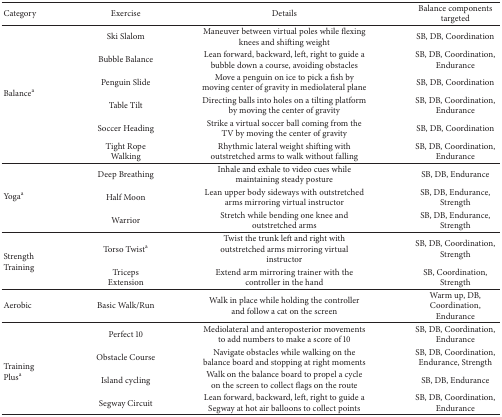
<table><thead><tr><td><b>Category</b></td><td><b>Exercise</b></td><td><b>Details</b></td><td><b>Balance components targeted</b></td></tr></thead><tbody><tr><td rowspan="6"> Balance<sup>a</sup></td><td>Ski Slalom</td><td>Maneuver between virtual poles while flexing knees and shifting weight</td><td>SB, DB, Coordination</td></tr><tr><td>Bubble Balance</td><td>Lean forward, backward, left, right to guide a bubble down a course, avoiding obstacles</td><td>SB, DB, Coordination, Endurance</td></tr><tr><td>Penguin Slide</td><td>Move a penguin on ice to pick a fish by moving center of gravity in mediolateral plane</td><td>SB, DB, Coordination</td></tr><tr><td>Table Tilt</td><td>Directing balls into holes on a tilting platform by moving the center of gravity</td><td>SB, DB, Coordination, Endurance</td></tr><tr><td>Soccer Heading</td><td>Strike a virtual soccer ball coming from the TV by moving the center of gravity</td><td>SB, DB, Coordination</td></tr><tr><td>Tight Rope Walking</td><td>Rhythmic lateral weight shifting with outstretched arms to walk without falling</td><td>SB, DB, Coordination, Endurance</td></tr><tr><td rowspan="3"> Yoga<sup>a</sup></td><td>Deep Breathing</td><td>Inhale and exhale to video cues while maintaining steady posture</td><td>SB, DB, Endurance</td></tr><tr><td>Half Moon</td><td>Lean upper body sideways with outstretched arms mirroring virtual instructor</td><td>SB, DB, Endurance, Strength</td></tr><tr><td>Warrior</td><td>Stretch while bending one knee and outstretched arms</td><td>SB, DB, Endurance, Strength</td></tr><tr><td rowspan="2">Strength Training</td><td>Torso Twist<sup>a</sup></td><td>Twist the trunk left and right with outstretched arms mirroring virtual instructor</td><td>SB, DB, Coordination, Strength</td></tr><tr><td>Triceps Extension</td><td>Extend arm mirroring trainer with the controller in the hand</td><td>SB, Coordination, Strength</td></tr><tr><td>Aerobic</td><td>Basic Walk/Run</td><td>Walk in place while holding the controller and follow a cat on the screen</td><td>Warm up, DB, Coordination, Endurance</td></tr><tr><td rowspan="4">Training Plus<sup>a</sup></td><td>Perfect 10</td><td>Mediolateral and anteroposterior movements to add numbers to make a score of 10</td><td>SB, DB, Coordination, Endurance</td></tr><tr><td>Obstacle Course</td><td>Navigate obstacles while walking on the balance board and stopping at right moments</td><td>SB, DB, Coordination, Endurance, Strength</td></tr><tr><td>Island cycling</td><td>Walk on the balance board to propel a cycle on the screen to collect flags on the route</td><td>SB, DB, Endurance</td></tr><tr><td>Segway Circuit</td><td>Lean forward, backward, left, right to guide a Segway at hot air balloons to collect points</td><td>SB, DB, Coordination, Endurance</td></tr></tbody></table>